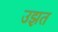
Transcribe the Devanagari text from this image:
उझत